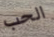
الحب